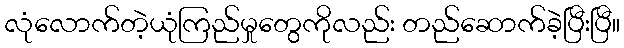
လုံလောက်တဲ့ယုံကြည်မှုတွေကိုလည်း တည်ဆောက်ခဲ့ပြီးပြီ။